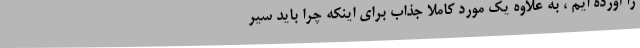
را آورده ایم ، به علاوه یک مورد کاملاً جذاب برای اینکه چرا باید سیر